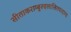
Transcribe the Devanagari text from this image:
सीताकराम्बुरुहलालितपादपद्म